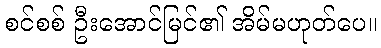
စင်စစ် ဦးအောင်မြင်၏ အိမ်မဟုတ်ပေ။